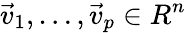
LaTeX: \vec{v}_{1},\dotsc,\vec{v}_{p}\in R^{n}